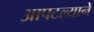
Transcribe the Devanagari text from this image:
आपटल्याने